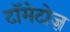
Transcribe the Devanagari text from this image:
टॉमेटोज़